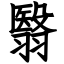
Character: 翳